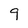
Character: 9